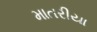
માતરીયા